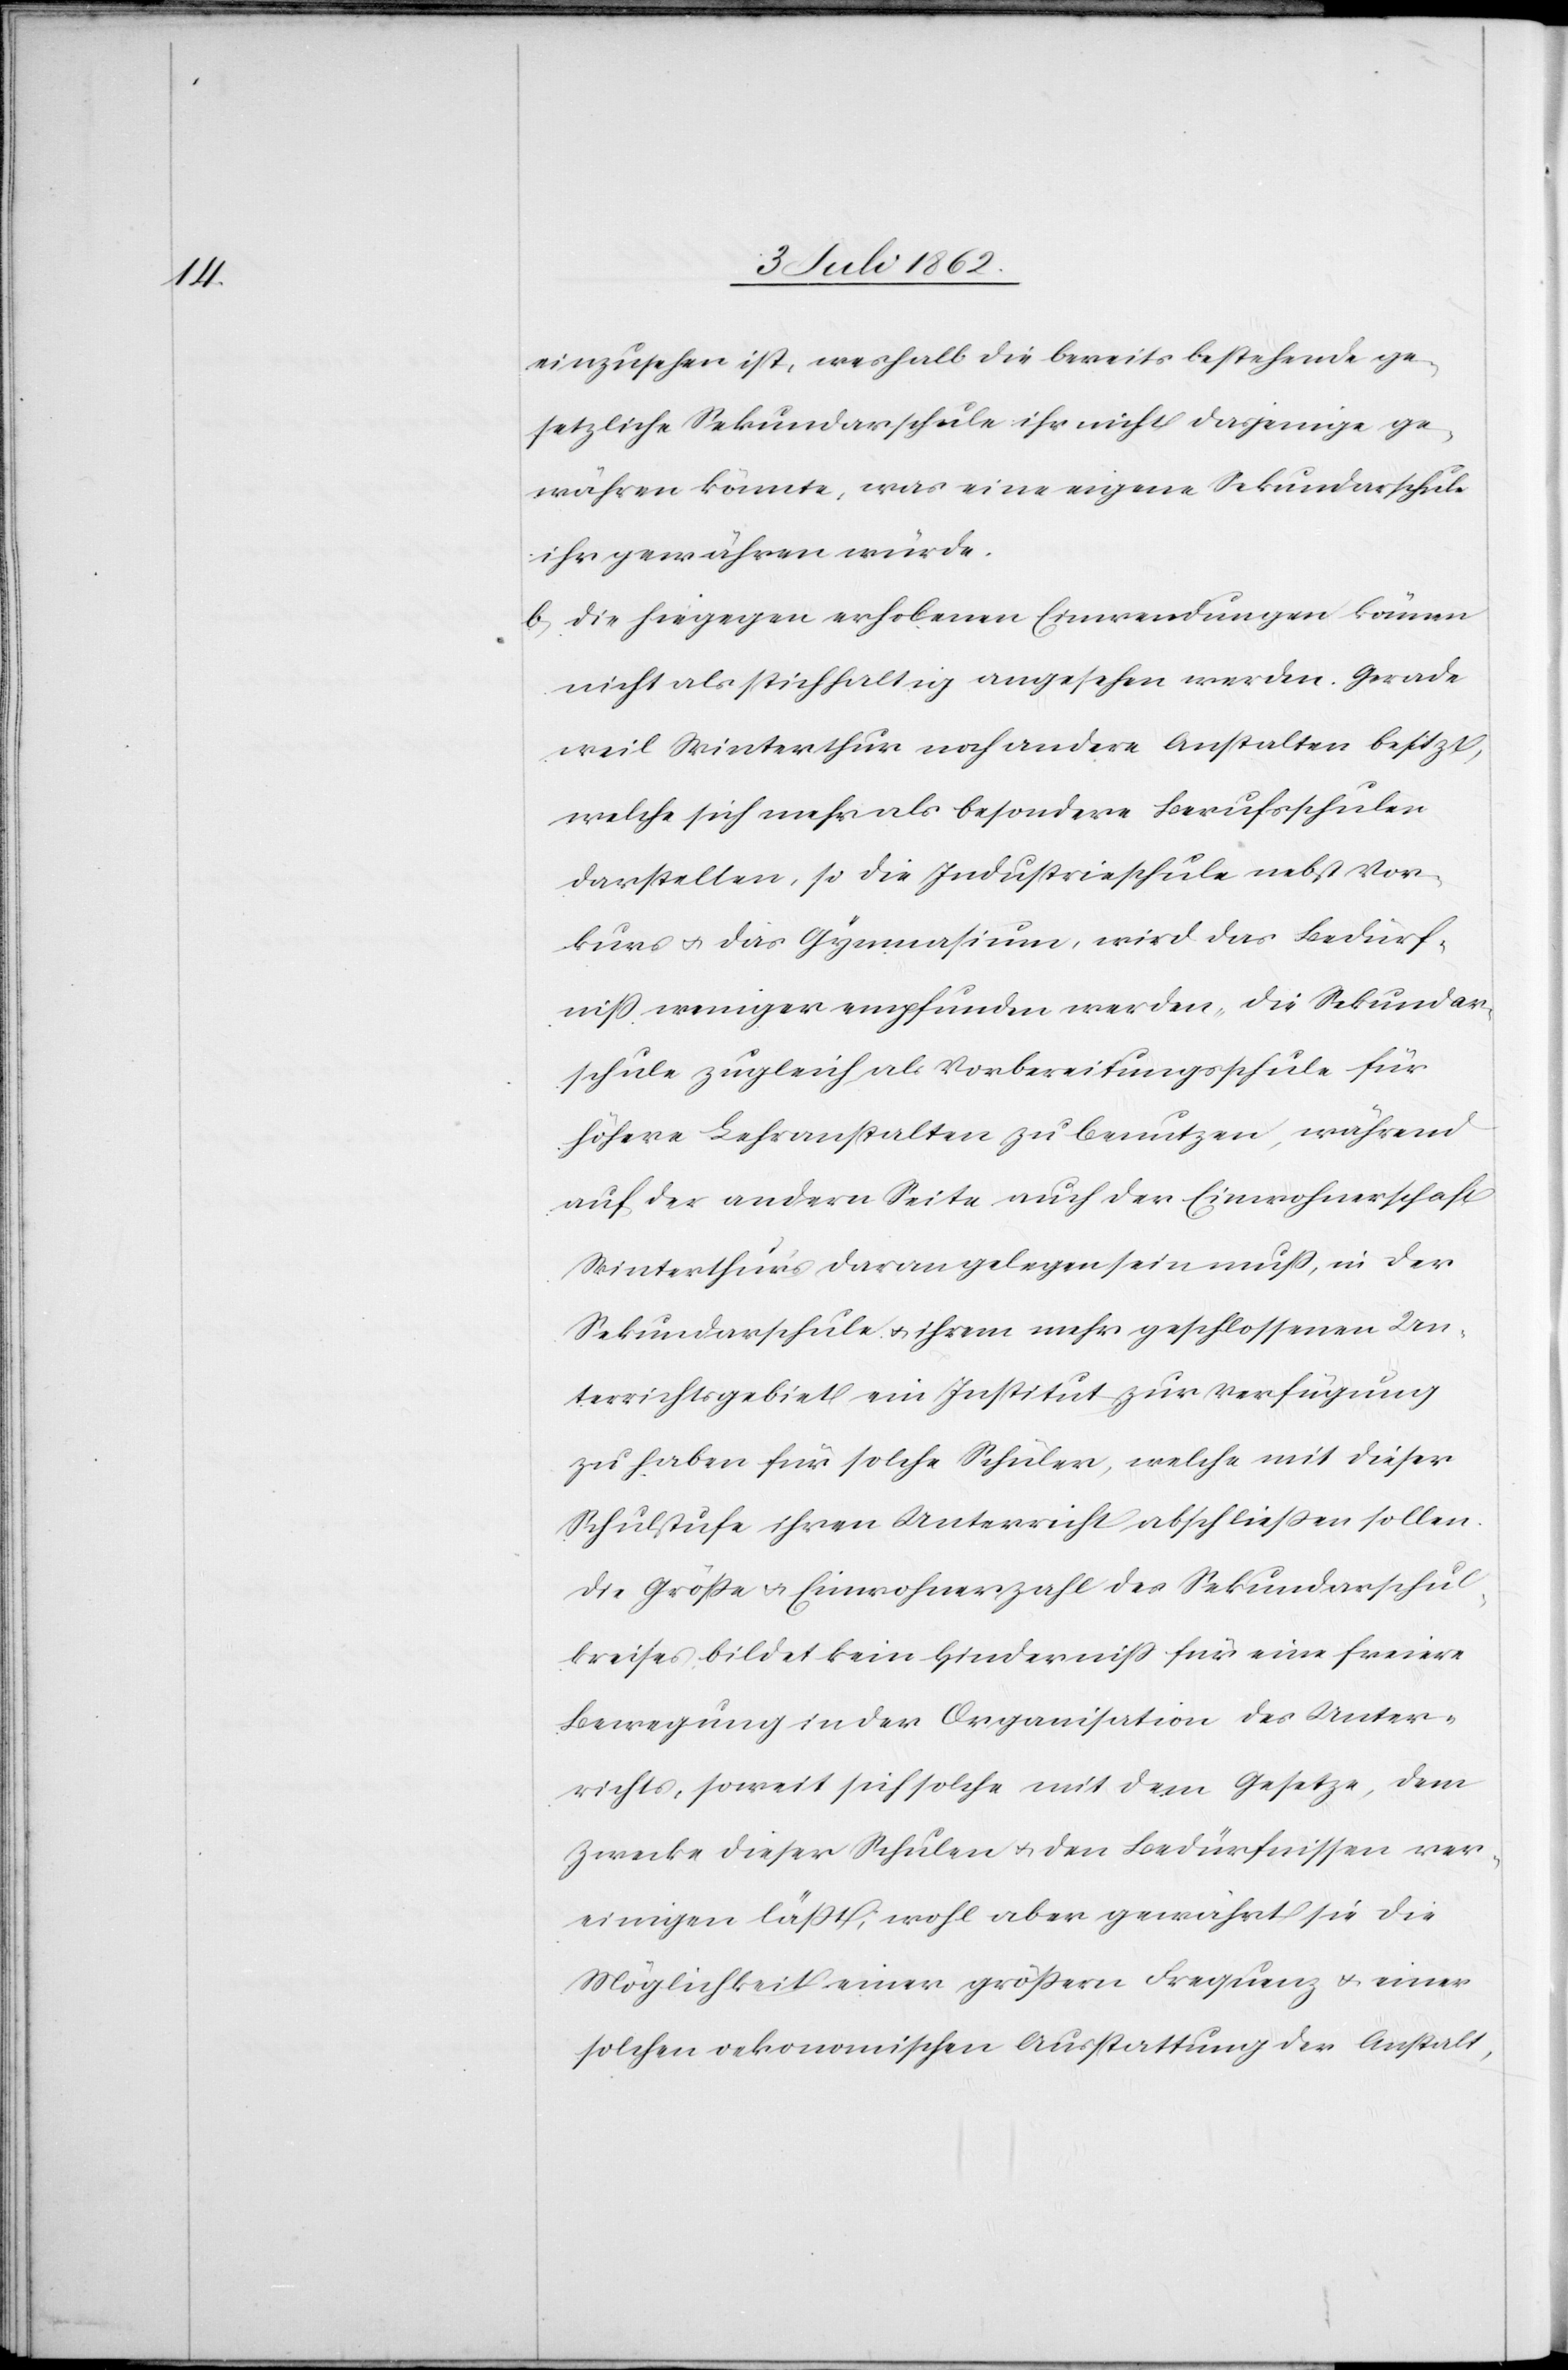
einzusehen ist, weshalb die bereits bestehende ge¬
setzliche Sekundarschule ihr nicht dasjenige ge¬
währen könnte, was eine eigene Sekundarschule
ihr gewähren würde.
b. Die hiegegen erhobenen Einwendungen können
nicht als stichhaltig angesehen werden. Gerade
weil Winterthur noch andere Anstalten besitzt,
welche sich mehr als besondere Berufsschulen
darstellen, so die Industrieschule nebst Vor¬
kurs u. das Gymnasium, wird das Bedürf¬
niß weniger empfunden werden, die Sekundar¬
schule zugleich als Vorbereitungsschule für
höhere Lehranstalten zu benutzen, während
auf der andern Seite auch der Einwohnerschaft
Winterthur’s daran gelegen sein muß, in der
Sekundarschule u. ihrem mehr geschlossenen Un¬
terrichtsgebiet ein Institut zur Verfügung
zu haben für solche Schüler, welche mit dieser
Schulstufe ihren Unterricht abschließen sollen.
Die Größe u. Einwohnerzahl des Sekundarschul¬
kreises bildet kein Hinderniß für eine freiere
Bewegung in der Organisation des Unter¬
richts, soweit sich solche mit dem Gesetze, dem
Zwecke dieser Schulen u. den Bedürfnissen ver¬
einigen läßt, wohl aber gewährt sie die
Möglichkeit einer größern Frequenz u. einer
solchen oekonomischen Ausstattung der Anstalt,